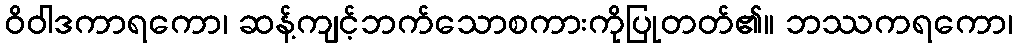
ဝိဝါဒကာရကော၊ ဆန့်ကျင့်ဘက်သောစကားကိုပြုတတ်၏။ ဘဿကရကော၊